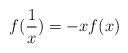
LaTeX: \begin{align*}f(\frac{1}{x})=-x f(x)\end{align*}